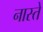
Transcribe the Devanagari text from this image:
नास्‍ते